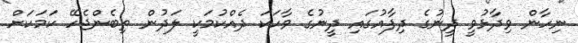
ނިހާން ވިދާޅުވީ ދީނުގެ ދިފާއުގައި ދީނުގެ ވާހަކަ ދެއްކުމަކީ ލަދުން ތިބެންޖެހޭ ކަމަކަށް